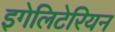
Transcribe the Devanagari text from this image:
इगेलिटेरियन